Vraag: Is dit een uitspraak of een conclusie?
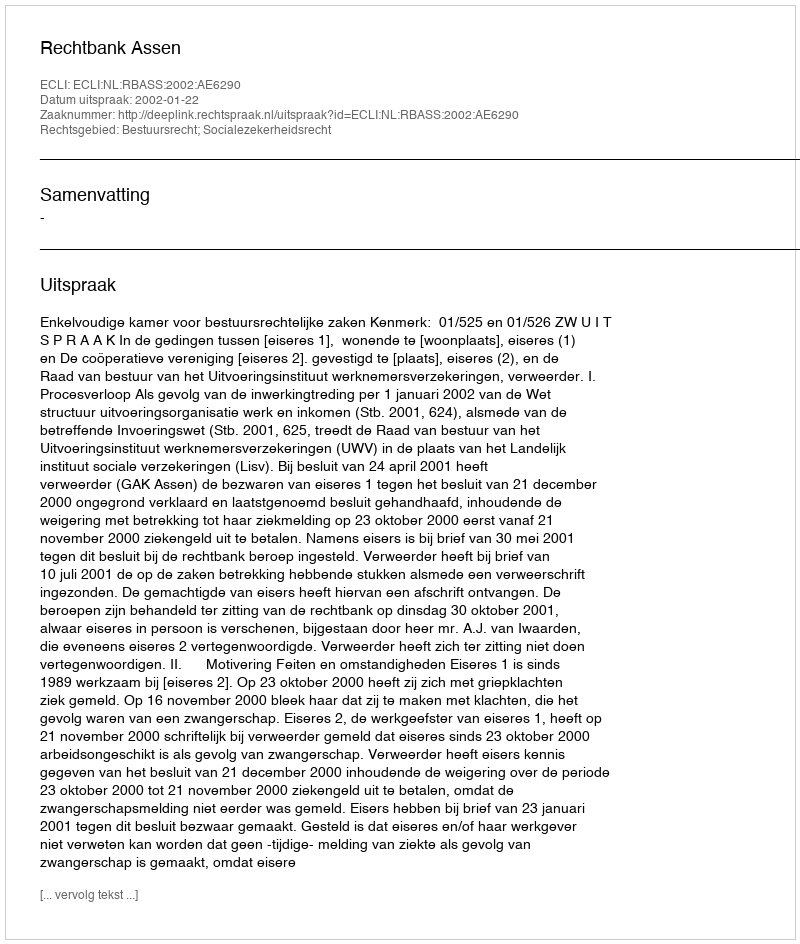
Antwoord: Uitspraak